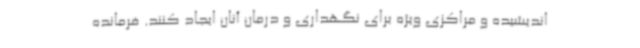
اندیشیده و مراکزی ویژه برای نگهداری و درمان آنان ایجاد کنند. فرمانده